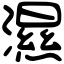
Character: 濕